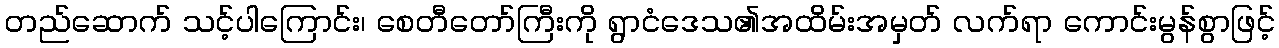
တည်ဆောက် သင့်ပါကြောင်း၊ စေတီတော်ကြီးကို ရွာငံဒေသ၏အထိမ်းအမှတ် လက်ရာ ကောင်းမွန်စွာဖြင့်